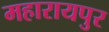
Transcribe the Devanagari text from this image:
महारायपुर